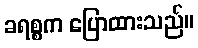
ခရစ္စက ပြောထားသည်။